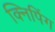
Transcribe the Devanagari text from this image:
क्निपिंग